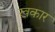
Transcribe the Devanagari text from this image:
खकार